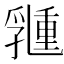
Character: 𠄉